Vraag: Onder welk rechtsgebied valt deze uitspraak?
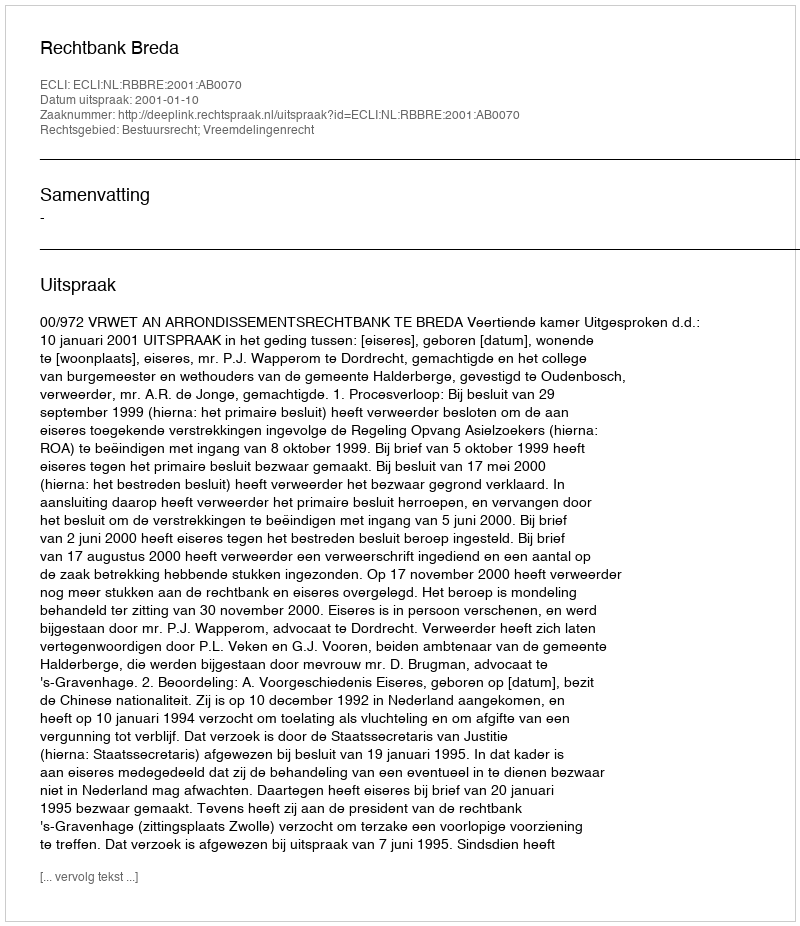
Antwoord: Bestuursrecht; Vreemdelingenrecht